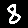
Digit: 8